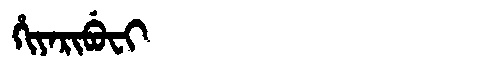
Manchu: ᡥᡳᠶᠠᡵᡳᠪᡠᠸᡳ
Romanization: HIYARIBUFI